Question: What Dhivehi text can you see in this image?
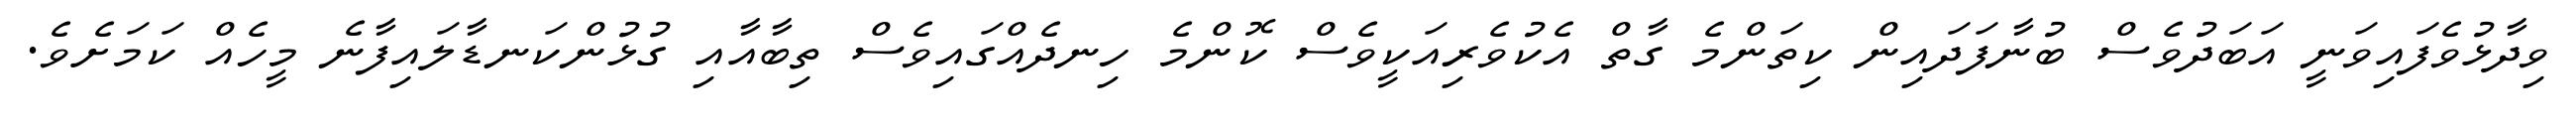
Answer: ވިދާޅުވެފައިވަނީ އަބަދުވެސް ބުނާފަދައިން ކިތަންމެ ގާތް އެކުވެރިއަކީވެސް ކޮންމެ ހިނދެއްގައިވެސް ތިބާއާއި ގުޅުންކަނޑާލައިފާނެ މީހެއް ކަމަށެވެ.